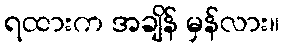
ရထားက အချိန် မှန်လား။